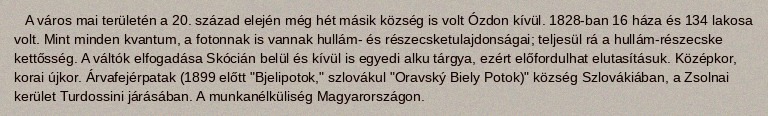
A város mai területén a 20. század elején még hét másik község is volt Ózdon kívül. 1828-ban 16 háza és 134 lakosa volt. Mint minden kvantum, a fotonnak is vannak hullám- és részecsketulajdonságai; teljesül rá a hullám-részecske kettősség. A váltók elfogadása Skócián belül és kívül is egyedi alku tárgya, ezért előfordulhat elutasításuk. Középkor, korai újkor. Árvafejérpatak (1899 előtt "Bjelipotok," szlovákul "Oravský Biely Potok)" község Szlovákiában, a Zsolnai kerület Turdossini járásában. A munkanélküliség Magyarországon.